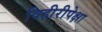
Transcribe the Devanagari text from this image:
विहीरीपेक्षा